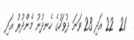
21  22 އަދި 23 ވަނަ ދުވަހުގެ ހެނދުނު މެންދުރު އަދި